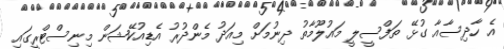
އެ ހާދިސާއާ ގުޅޭ ތަފްސީލީ މައުލޫމާތު ދިނުމަށް މިއަދު މެންދުރު އެޑިއުކޭޝަން މިނިސްޓްރީގައި